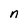
Character: n